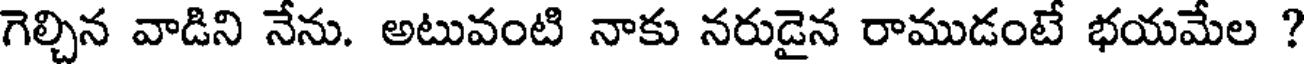
గెల్చిన వాడిని నేను. అటువంటి నాకు నరుడైన రాముడంటే భయమేల ?